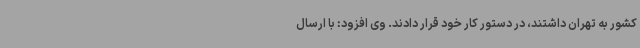
کشور به تهران داشتند، در دستور کار خود قرار دادند. وی افزود: با ارسال